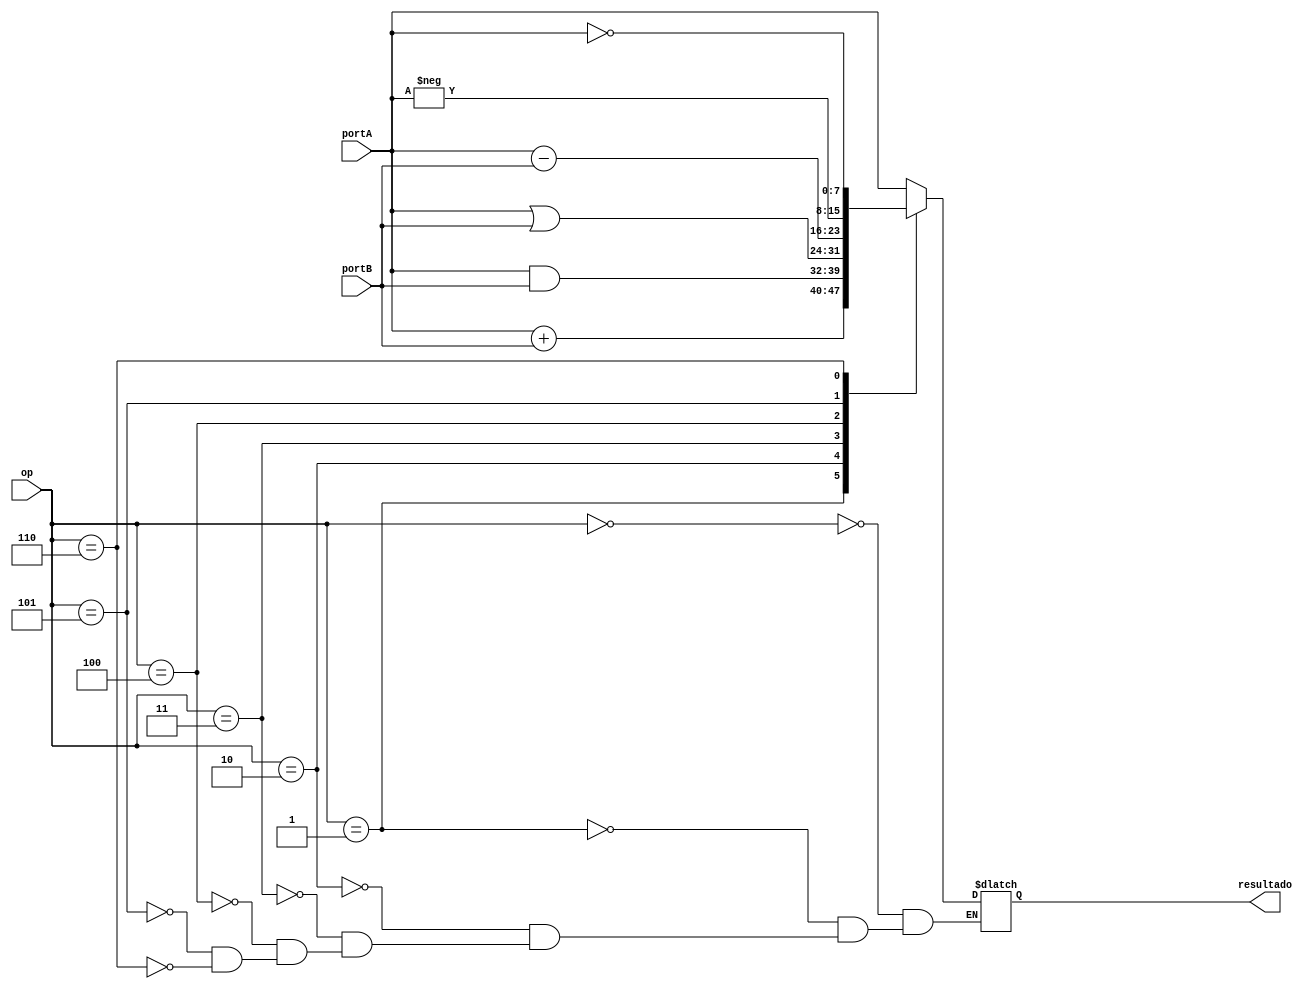
module ula (portA, portB, op, resultado);
	input [7:0]portA; 
	input [7:0]portB; 
	input [2:0]op; 
	output reg [7:0]resultado; 

always@(*)	                                //para qualquer variao detectada, executa os parametros abaixo
  begin
     case(op)                               //dado um op como chave,  retornado uma operao
	   3'b000 : resultado <= portA;
		3'b001 : resultado <= portA + portB;
		3'b010 : resultado <= portA & portB;
	   3'b011 : resultado <= portA | portB;
	   3'b100 : resultado <= portA - portB;
	   3'b101 : resultado <= -portA;
	   3'b110 : resultado <= ~portA;
	  endcase
  end
	
endmodule